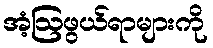
အံ့ဩဖွယ်ရာများကို